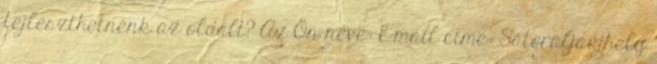
fejleszthetnénk az oldalt? Az Ön neve: E-mail címe: Sátoraljaújhely